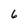
Character: 6